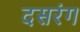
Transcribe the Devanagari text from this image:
दसरंग